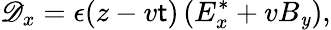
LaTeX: \mathscr{D}_{x}=\epsilon(z-v\mathsf{t})\left(E_{x}^{*}+vB_{\mathit{y}}\right),